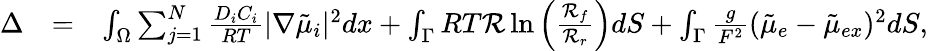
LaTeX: \begin{array}{rlr}{\Delta}&{=}&{\int_{\Omega}\sum_{j=1}^{N}\frac{D_{i}C_{i}}{RT}|\nabla\tilde{\mu}_{i}|^{2}dx+\int_{\Gamma}RT\mathcal{R}\ln\left(\frac{\mathcal{R}_{f}}{\mathcal{R}_{r}}\right)dS+\int_{\Gamma}\frac{g}{F^{2}}(\tilde{\mu}_{e}-\tilde{\mu}_{ex})^{2}dS,}\end{array}